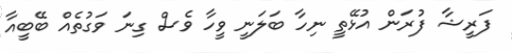
ފަރީޝާ ފުރަން އުޅޭތީ ނިހާ ބަލަނީ ވީހާ ވެސް ގިނަ ވަގުތެއް ބޭބީއާ